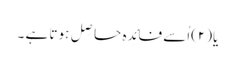
یا(۲)اُسے فائِدہ حاصِل ہوتا ہے ۔